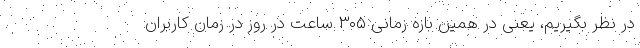
در نظر بگیریم، یعنی در همین بازه زمانی ۳۰۵ ساعت در روز در زمان کاربران